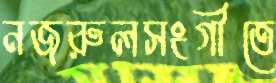
নজরুলসংগীতে